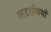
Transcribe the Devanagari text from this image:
लड१कियाँ